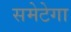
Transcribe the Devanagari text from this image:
समेटेगा